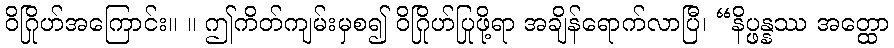
ဝိဂြိုဟ်အကြောင်း။ ။ ဤကိတ်ကျမ်းမှစ၍ ဝိဂြိုဟ်ပြုဖို့ရာ အချိန်ရောက်လာပြီ၊ “နိပ္ဖန္နဿ အတ္ထော